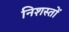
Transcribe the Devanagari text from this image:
निशस्तों